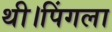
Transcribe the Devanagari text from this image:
थी।पिंगला